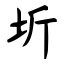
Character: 圻